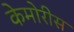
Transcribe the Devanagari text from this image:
केमोरीस